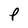
Character: P